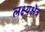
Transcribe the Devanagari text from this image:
लक्ष्यक्षेत्र